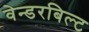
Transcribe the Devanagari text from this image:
वेन्डरबिल्ट